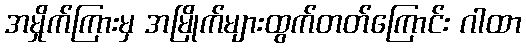
အမှိုက်ကြားမှ အမြိုက်များထွက်တတ်ကြောင်း ဂါထာ